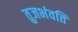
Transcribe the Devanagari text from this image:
तुजभंवति